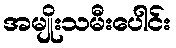
အမျိုးသမီးပေါင်း